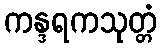
ကန္ဒရကသုတ္တံ